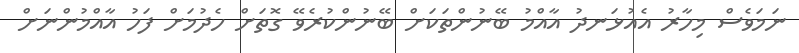
ނަމަވެސް މިހާރު އެއުޅަނދު އާއްމު ބޭނުންތަކަށް ބޭނުންކުރެވޭ ގޮތަށް ހެދުމަށް ފަހު އާއްމުންނަށް